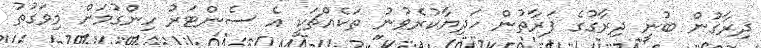
ދިރާގުން ބުނީ ދިރާގުގެ ފަރާތުން ހަދިޔާކުރެވުނު ތަކެއްޗަކީ އެ ސެންޓަރު ހިންގުމަށް މިވަގުތު